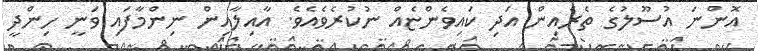
އޮންނަ އުސޫލުގެ ތެރެއިން އަދި ކައިވެންޏެއް ނުކުރެވެއެވެ. އާއިލާއިން ނިންމާފައި ވަނީ ހިންދީ